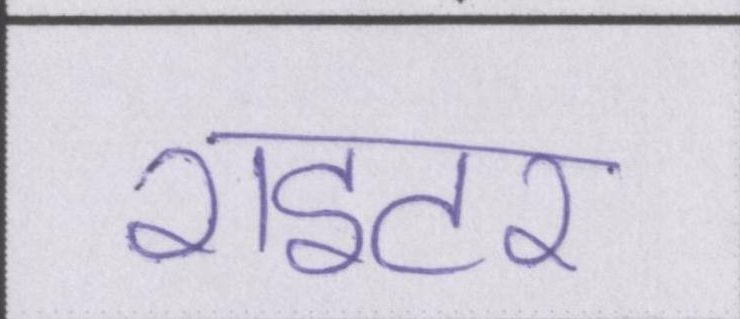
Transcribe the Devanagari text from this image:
राइटर